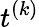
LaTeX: t^{(k)}